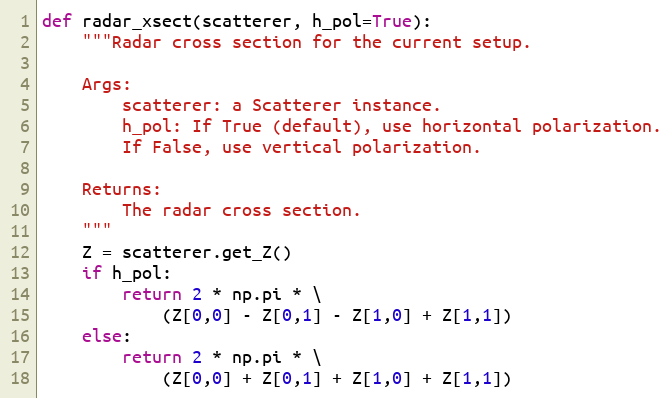
Language: Python
def radar_xsect(scatterer, h_pol=True):
    """Radar cross section for the current setup.

    Args:
        scatterer: a Scatterer instance.
        h_pol: If True (default), use horizontal polarization.
        If False, use vertical polarization.

    Returns:
        The radar cross section.
    """
    Z = scatterer.get_Z()
    if h_pol:
        return 2 * np.pi * \
            (Z[0,0] - Z[0,1] - Z[1,0] + Z[1,1])
    else:
        return 2 * np.pi * \
            (Z[0,0] + Z[0,1] + Z[1,0] + Z[1,1])